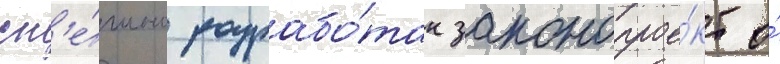
сп'е́шно разрабо́тан законопрое́кт о́